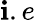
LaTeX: \mathbf{i}.e